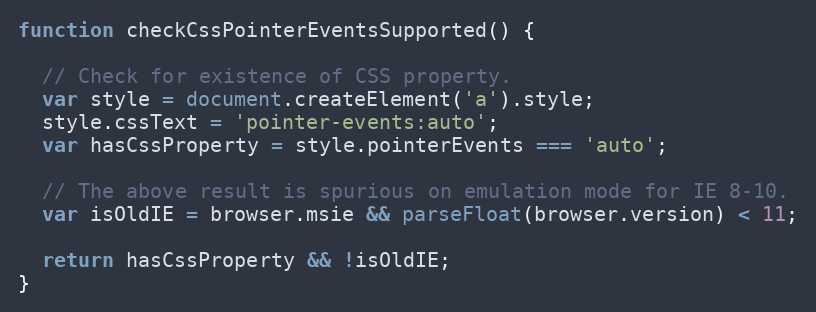
Language: JavaScript
function checkCssPointerEventsSupported() {

  // Check for existence of CSS property.
  var style = document.createElement('a').style;
  style.cssText = 'pointer-events:auto';
  var hasCssProperty = style.pointerEvents === 'auto';

  // The above result is spurious on emulation mode for IE 8-10.
  var isOldIE = browser.msie && parseFloat(browser.version) < 11;

  return hasCssProperty && !isOldIE;
}